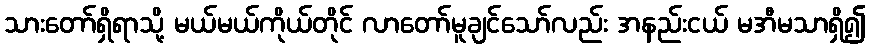
သားတော်ရှိရာသို့ မယ်မယ်ကိုယ်တိုင် လာတော်မူချင်သော်လည်း အနည်းငယ် မအီမသာရှိ၍